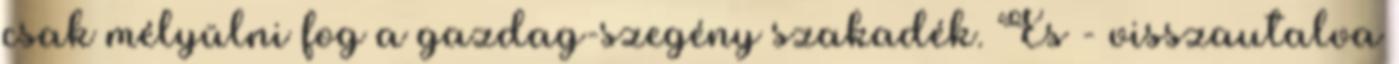
csak mélyülni fog a gazdag-szegény szakadék. És - visszautalva